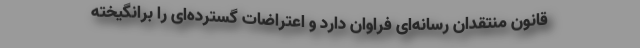
قانون منتقدان رسانه‌ای فراوان دارد و اعتراضات گسترده‌ای را برانگیخته